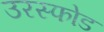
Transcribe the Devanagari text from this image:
उरस्फोड